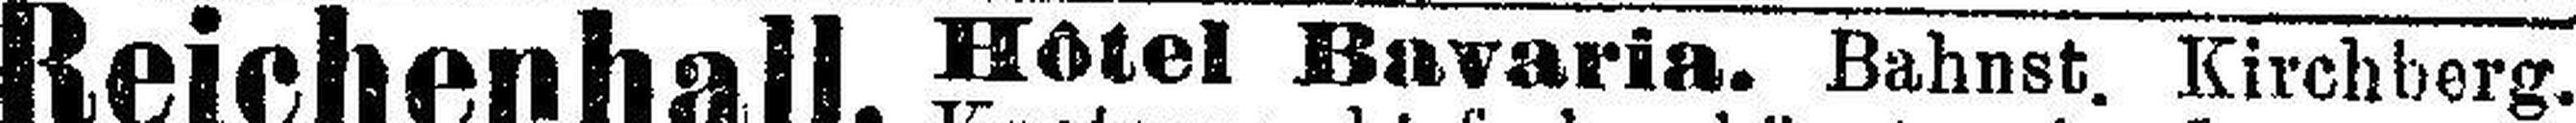
Reichenhall.